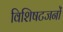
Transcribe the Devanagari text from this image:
विशिषटजनों